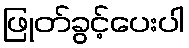
ဖြုတ်ခွင့်ပေးပါ